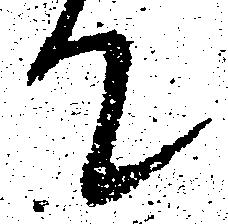
て